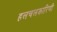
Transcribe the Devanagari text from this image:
हलचलकारिणी